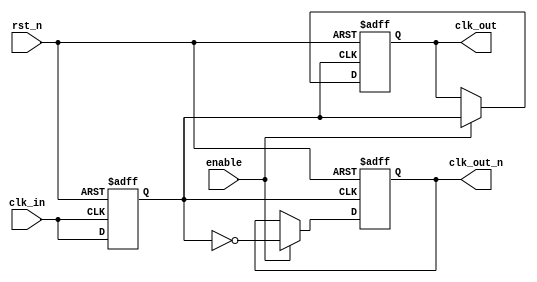
module differential_clock_buffer (
    input wire clk_in,          // Single-ended clock input
    output reg clk_out,        // Non-inverted clock output
    output reg clk_out_n,      // Inverted clock output
    input wire enable,          // Enable signal for power management
    input wire rst_n            // Active-low reset
);

// Parameters for hysteresis and delay (can be adjusted)
parameter HYSTERESIS_DELAY = 1; // Delay for hysteresis in ns
parameter OUTPUT_DELAY = 1;      // Delay for output in ns

// Internal signals
reg clk_in_buf;                 // Buffered clock input

// Input Buffering with Hysteresis
always @(posedge clk_in or negedge rst_n) begin
    if (!rst_n) begin
        clk_in_buf <= 1'b0;
    end else begin
        clk_in_buf <= clk_in;
    end
end

// Generate differential outputs with minimal propagation delay
always @(posedge clk_in_buf or negedge rst_n) begin
    if (!rst_n) begin
        clk_out <= 1'b0;
        clk_out_n <= 1'b1; // Inverted state
    end else if (enable) begin
        // Introduce output delay for signal integrity
        #OUTPUT_DELAY;
        clk_out <= clk_in_buf;
        clk_out_n <= ~clk_in_buf;
    end else begin
        // If not enabled, hold the outputs in a known state
        clk_out <= clk_out;
        clk_out_n <= clk_out_n;
    end
end

endmodule